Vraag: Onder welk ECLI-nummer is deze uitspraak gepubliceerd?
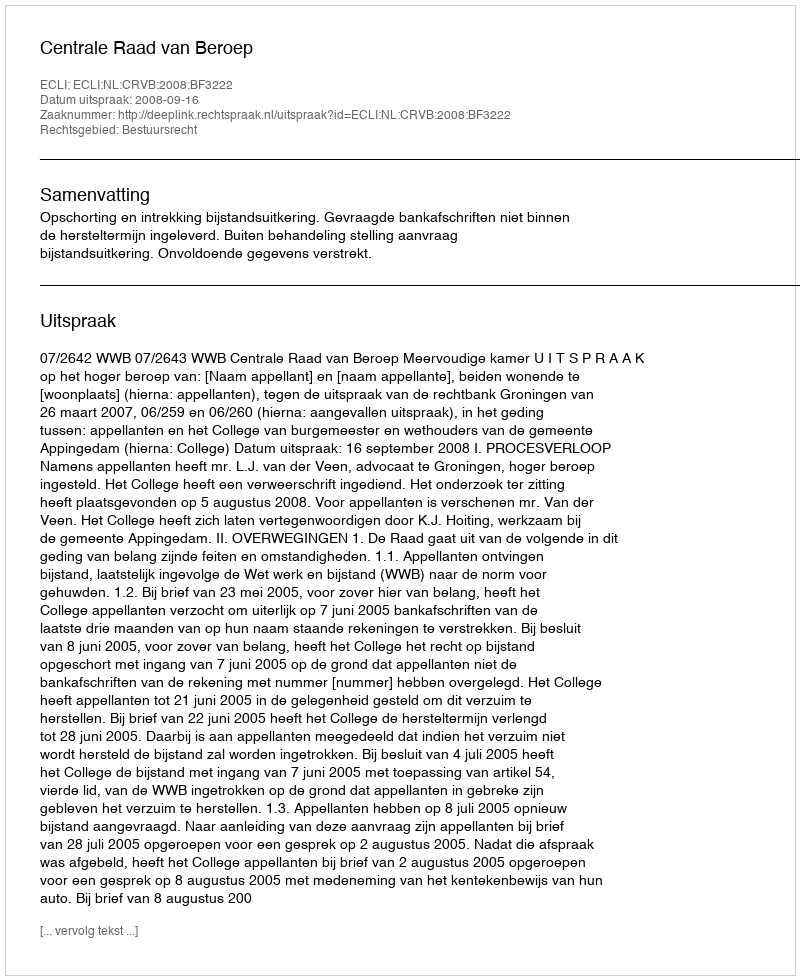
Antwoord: ECLI:NL:CRVB:2008:BF3222